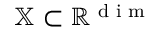
\mathbb { X } \subset \mathbb { R } ^ { \textrm { d i m } }